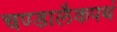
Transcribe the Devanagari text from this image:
चण्डालैकपथं